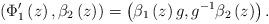
LaTeX: \begin{align*}\left(\Phi'_1\left(z\right), \beta_2\left(z\right)\right)=\left( \beta_1\left(z\right)g,g^{-1}\beta_2\left(z\right)\right).\end{align*}